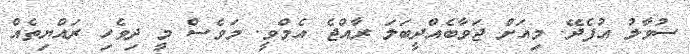
ސުވާލު އުފެދޭ. މިއަށް ޖަވާބެއްދީބަލަ ރާއްޖެ އެމްވީ. މަވެސް މީ ދިވެހި ރައްޔިތެއް